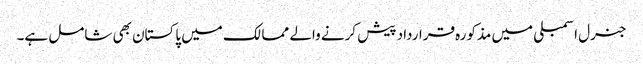
جنرل اسمبلی میں مذکورہ قرارداد پیش کرنے والے ممالک میں پاکستان بھی شامل ہے۔